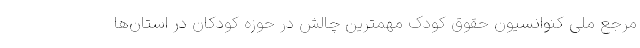
مرجع ملی کنوانسیون حقوق کودک مهمترین چالش در حوزه کودکان در استان‌ها